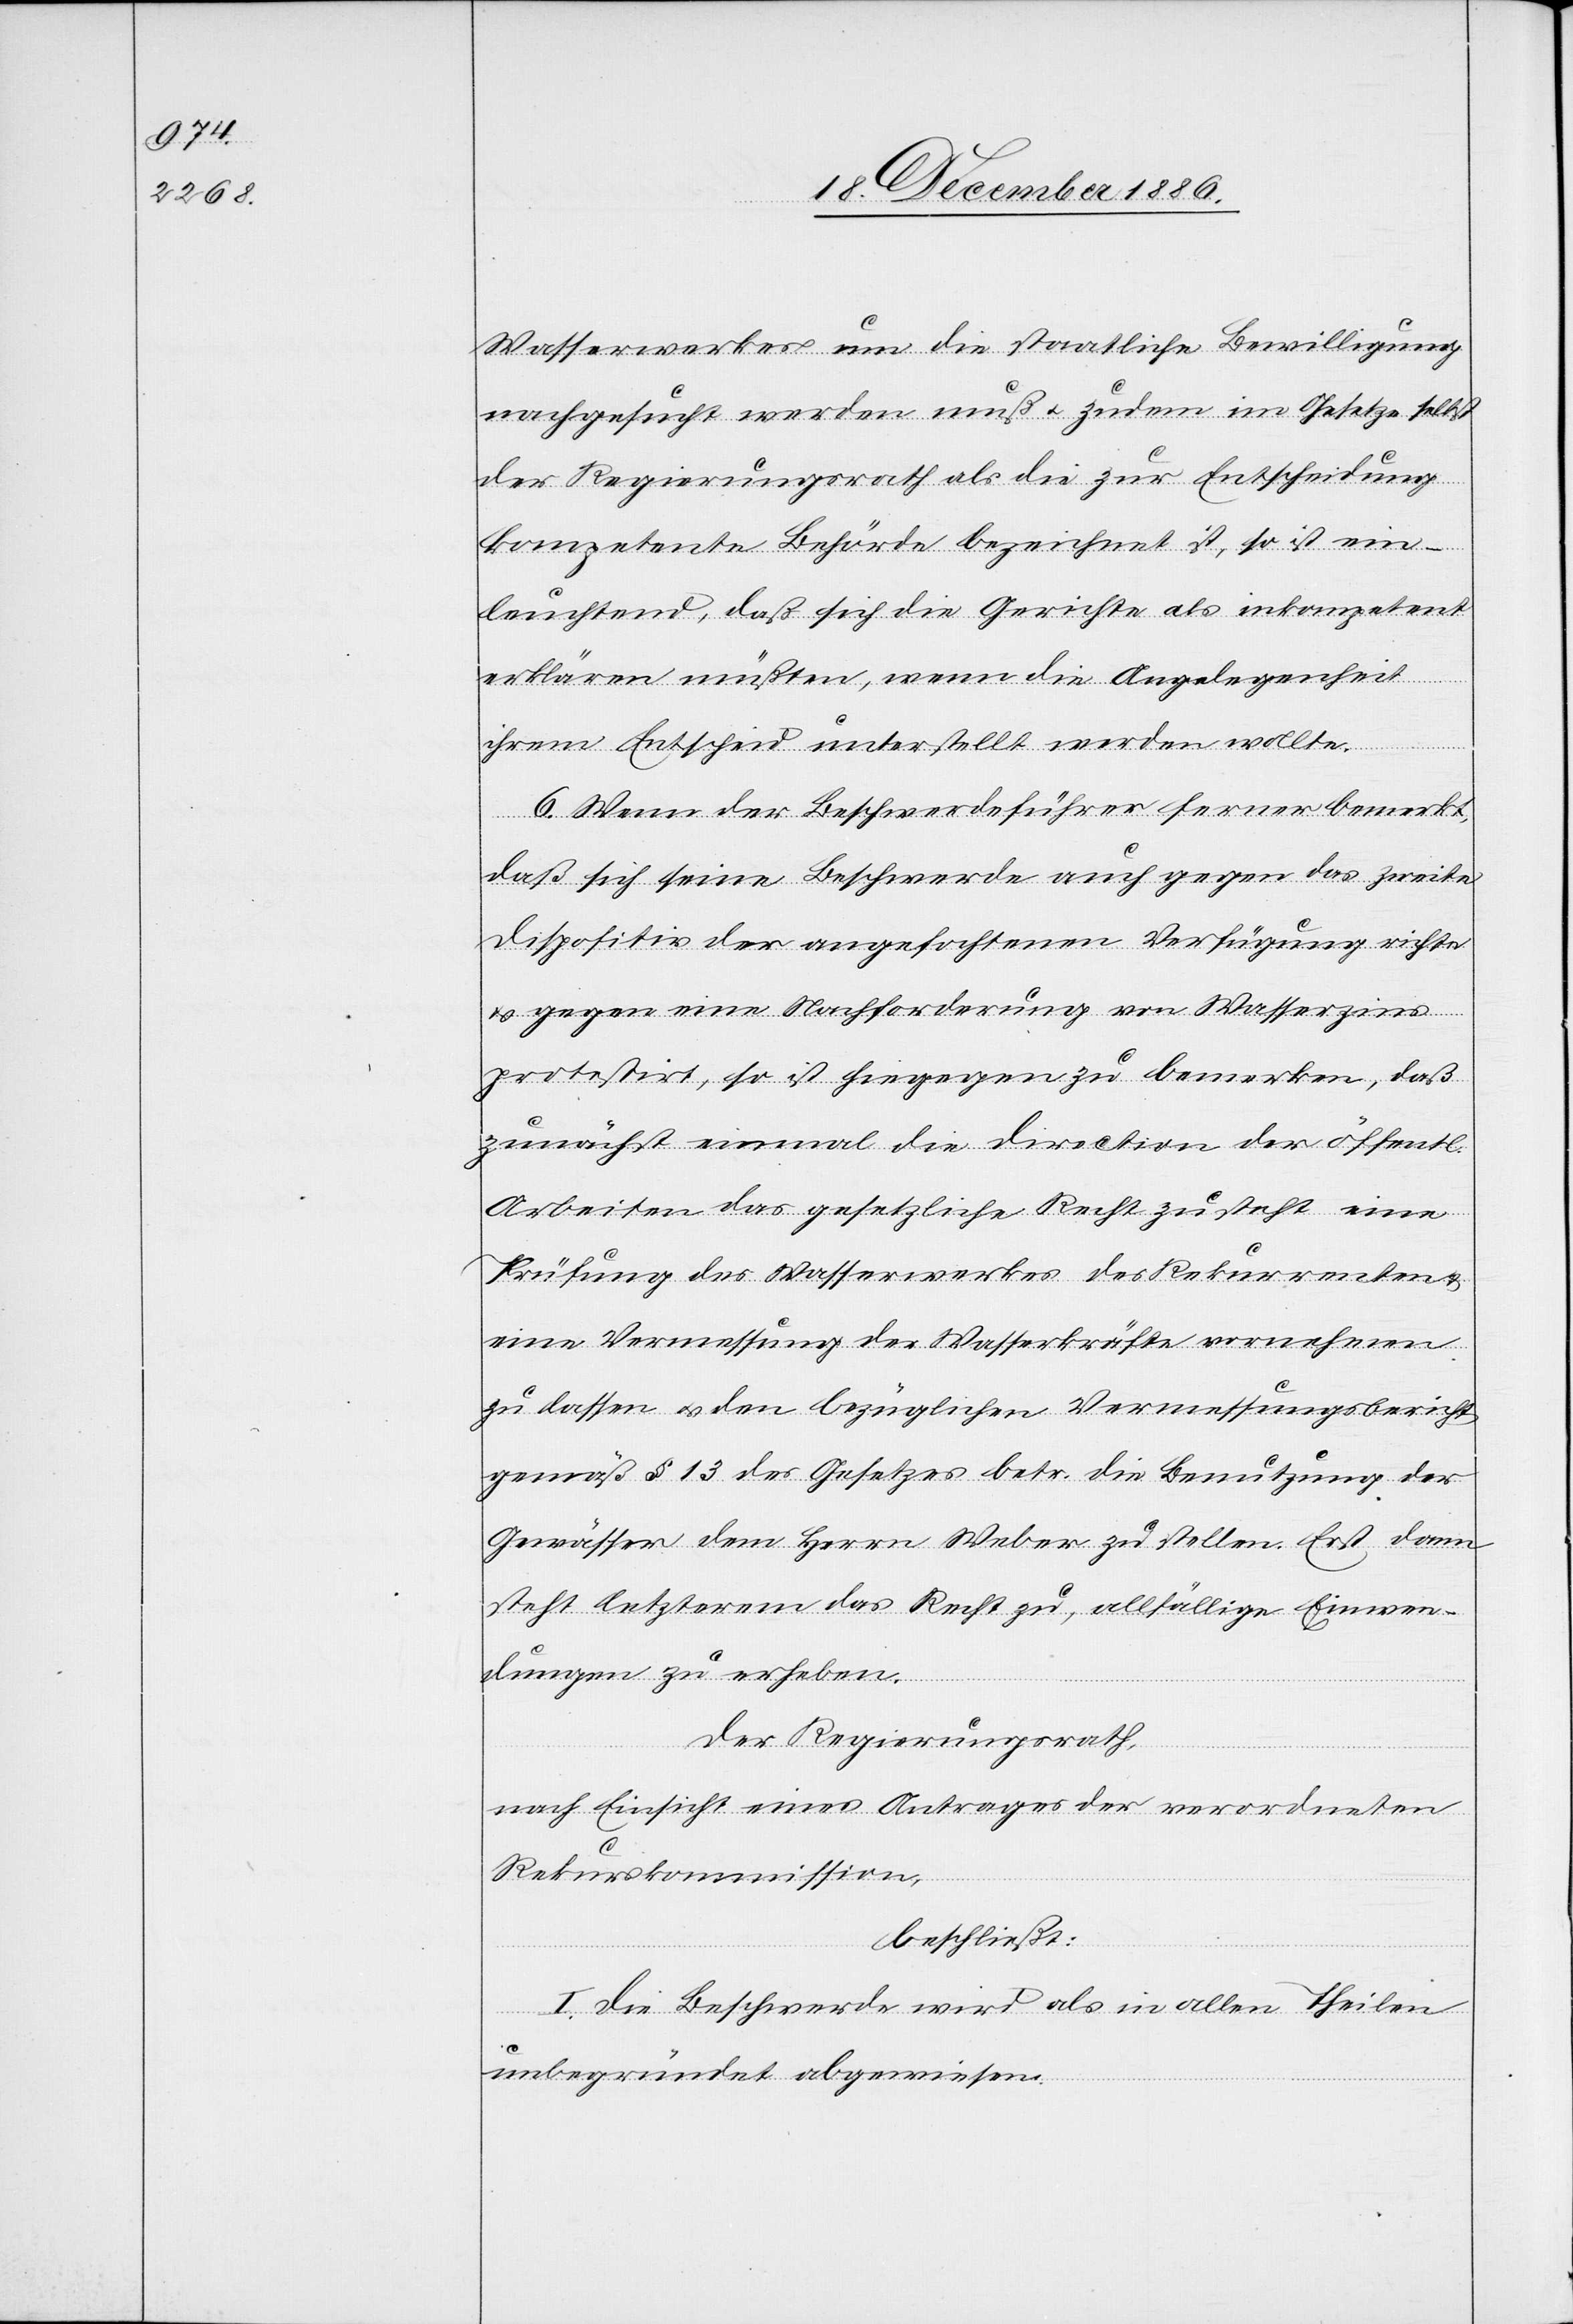
Wasserwerkes um die staatliche Bewilligung
nachgesucht werden muß & zudem im Gesetze selbst
der Regierungsrath als die zur Entscheidung
kompetente Behörde bezeichnet ist, so ist ein¬
leuchtend, daß sich die Gerichte als inkompetent
erklären müßten, wenn die Angelegenheit
ihrem Entscheid unterstellt werden wollte.
der
6. Wenn der Beschwerdeführer ferner bemerkt,
daß sich seine Beschwerde auch gegen das zweite
Dispositiv der angefochtenen Verfügung richte
& gegen eine Nachforderung von Wasserzins
protestirt, so ist hiegegen zu bemerken, daß
Arbeiten das gesetzliche Recht zusteht eine
Prüfung des Wasserwerkes des Rekurrenten &
eine Vermessung der Wasserkräfte vornehmen
zu lassen & den bezüglichen Vermessungsbericht
gemäß § 13 des Gesetzes betr. die Benutzung der
Gewässer dem Herrn Weber zu stellen. Erst dann
steht letzterem das Recht zu, allfällige Einwen¬
dungen zu erheben.
die
Der Regierungsrath,
nach Einsicht eines Antrages der verordneten
Rekurskommission,
beschließt:
I. Die Beschwerde wird als in allen Theilen
unbegründet abgewiesen.